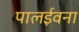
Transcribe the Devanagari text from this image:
पालईवना